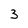
Character: 3